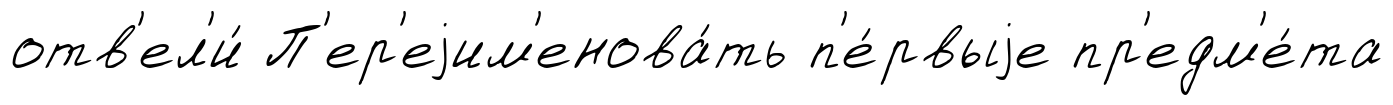
отв'ел'и́ П'ер'еjим'енова́ть п'е́рвыjе пр'едм'е́та